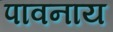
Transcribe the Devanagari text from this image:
पावनाय